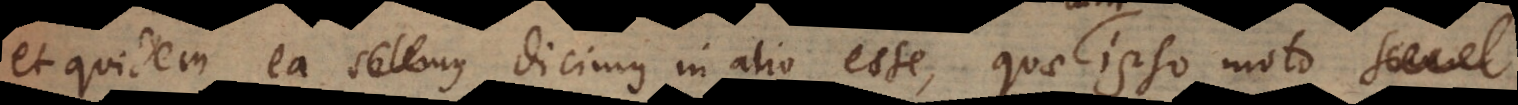
et quidem ea solemus dicimus in alio Ä esse, quae ipso moto